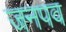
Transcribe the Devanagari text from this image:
जनपव